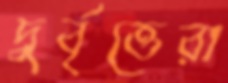
দুর্বৃত্তেরা